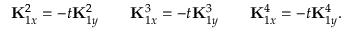
{ \bf K } _ { 1 x } ^ { 2 } = - t { \bf K } _ { 1 y } ^ { 2 } \qquad { \bf K } _ { 1 x } ^ { 3 } = - t { \bf K } _ { 1 y } ^ { 3 } \qquad { \bf K } _ { 1 x } ^ { 4 } = - t { \bf K } _ { 1 y } ^ { 4 } .